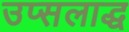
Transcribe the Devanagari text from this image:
उप्सलाद्ध